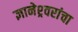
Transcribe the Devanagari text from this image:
ज्ञानेश्र्वरांचा